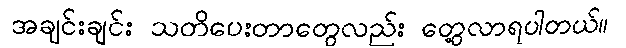
အချင်းချင်း သတိပေးတာတွေလည်း တွေ့လာရပါတယ်။